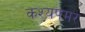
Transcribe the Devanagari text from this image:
कश्यपमर